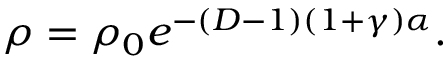
\rho = \rho _ { 0 } e ^ { - ( D - 1 ) ( 1 + \gamma ) \alpha } .